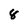
Character: 8